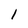
Character: l